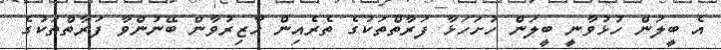
އެ ބީލަން ހުޅުވާނީ ބީލަން ހުށަހަޅާ ފަރާތްތަކުގެ ތެރެއިން ހާޒިރުވާން ބޭނުންވާ ފަރާތްތަކުގެ